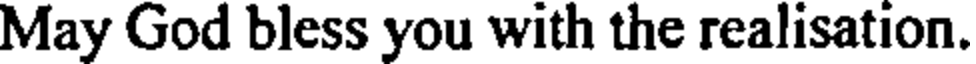
May God bless you with the realisation.